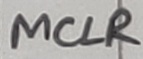
Text: MCLR